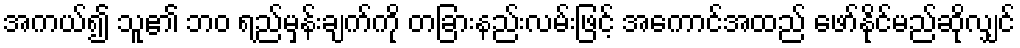
အကယ်၍ သူ၏ ဘဝ ရည်မှန်းချက်ကို တခြားနည်းလမ်းဖြင့် အကောင်အထည် ဖော်နိုင်မည်ဆိုလျှင်